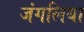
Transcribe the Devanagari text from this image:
जंगलिया